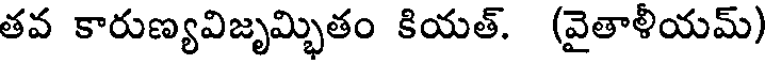
తవ కారుణ్యవిజృమ్భితం కియత్. (వైతాళీయమ్)